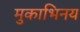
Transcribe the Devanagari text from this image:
मुकाभिनय